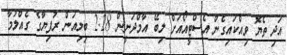
އަދި ތެޔޮ ވިއްކައިގެން އެސްޓީއޯއަށް ލިބޭ އާމްދަނީން 2.28 ބިލިއަން ރުފިޔާގެ ގެއްލުމާ